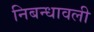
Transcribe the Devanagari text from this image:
निबन्धावली